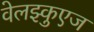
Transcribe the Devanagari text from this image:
वेलझ्कुएज